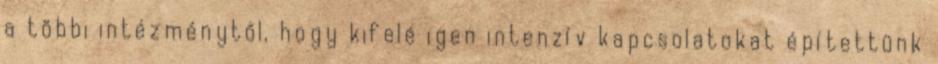
a többi intézménytől, hogy kifelé igen intenzív kapcsolatokat építettünk